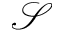
\mathcal { S }